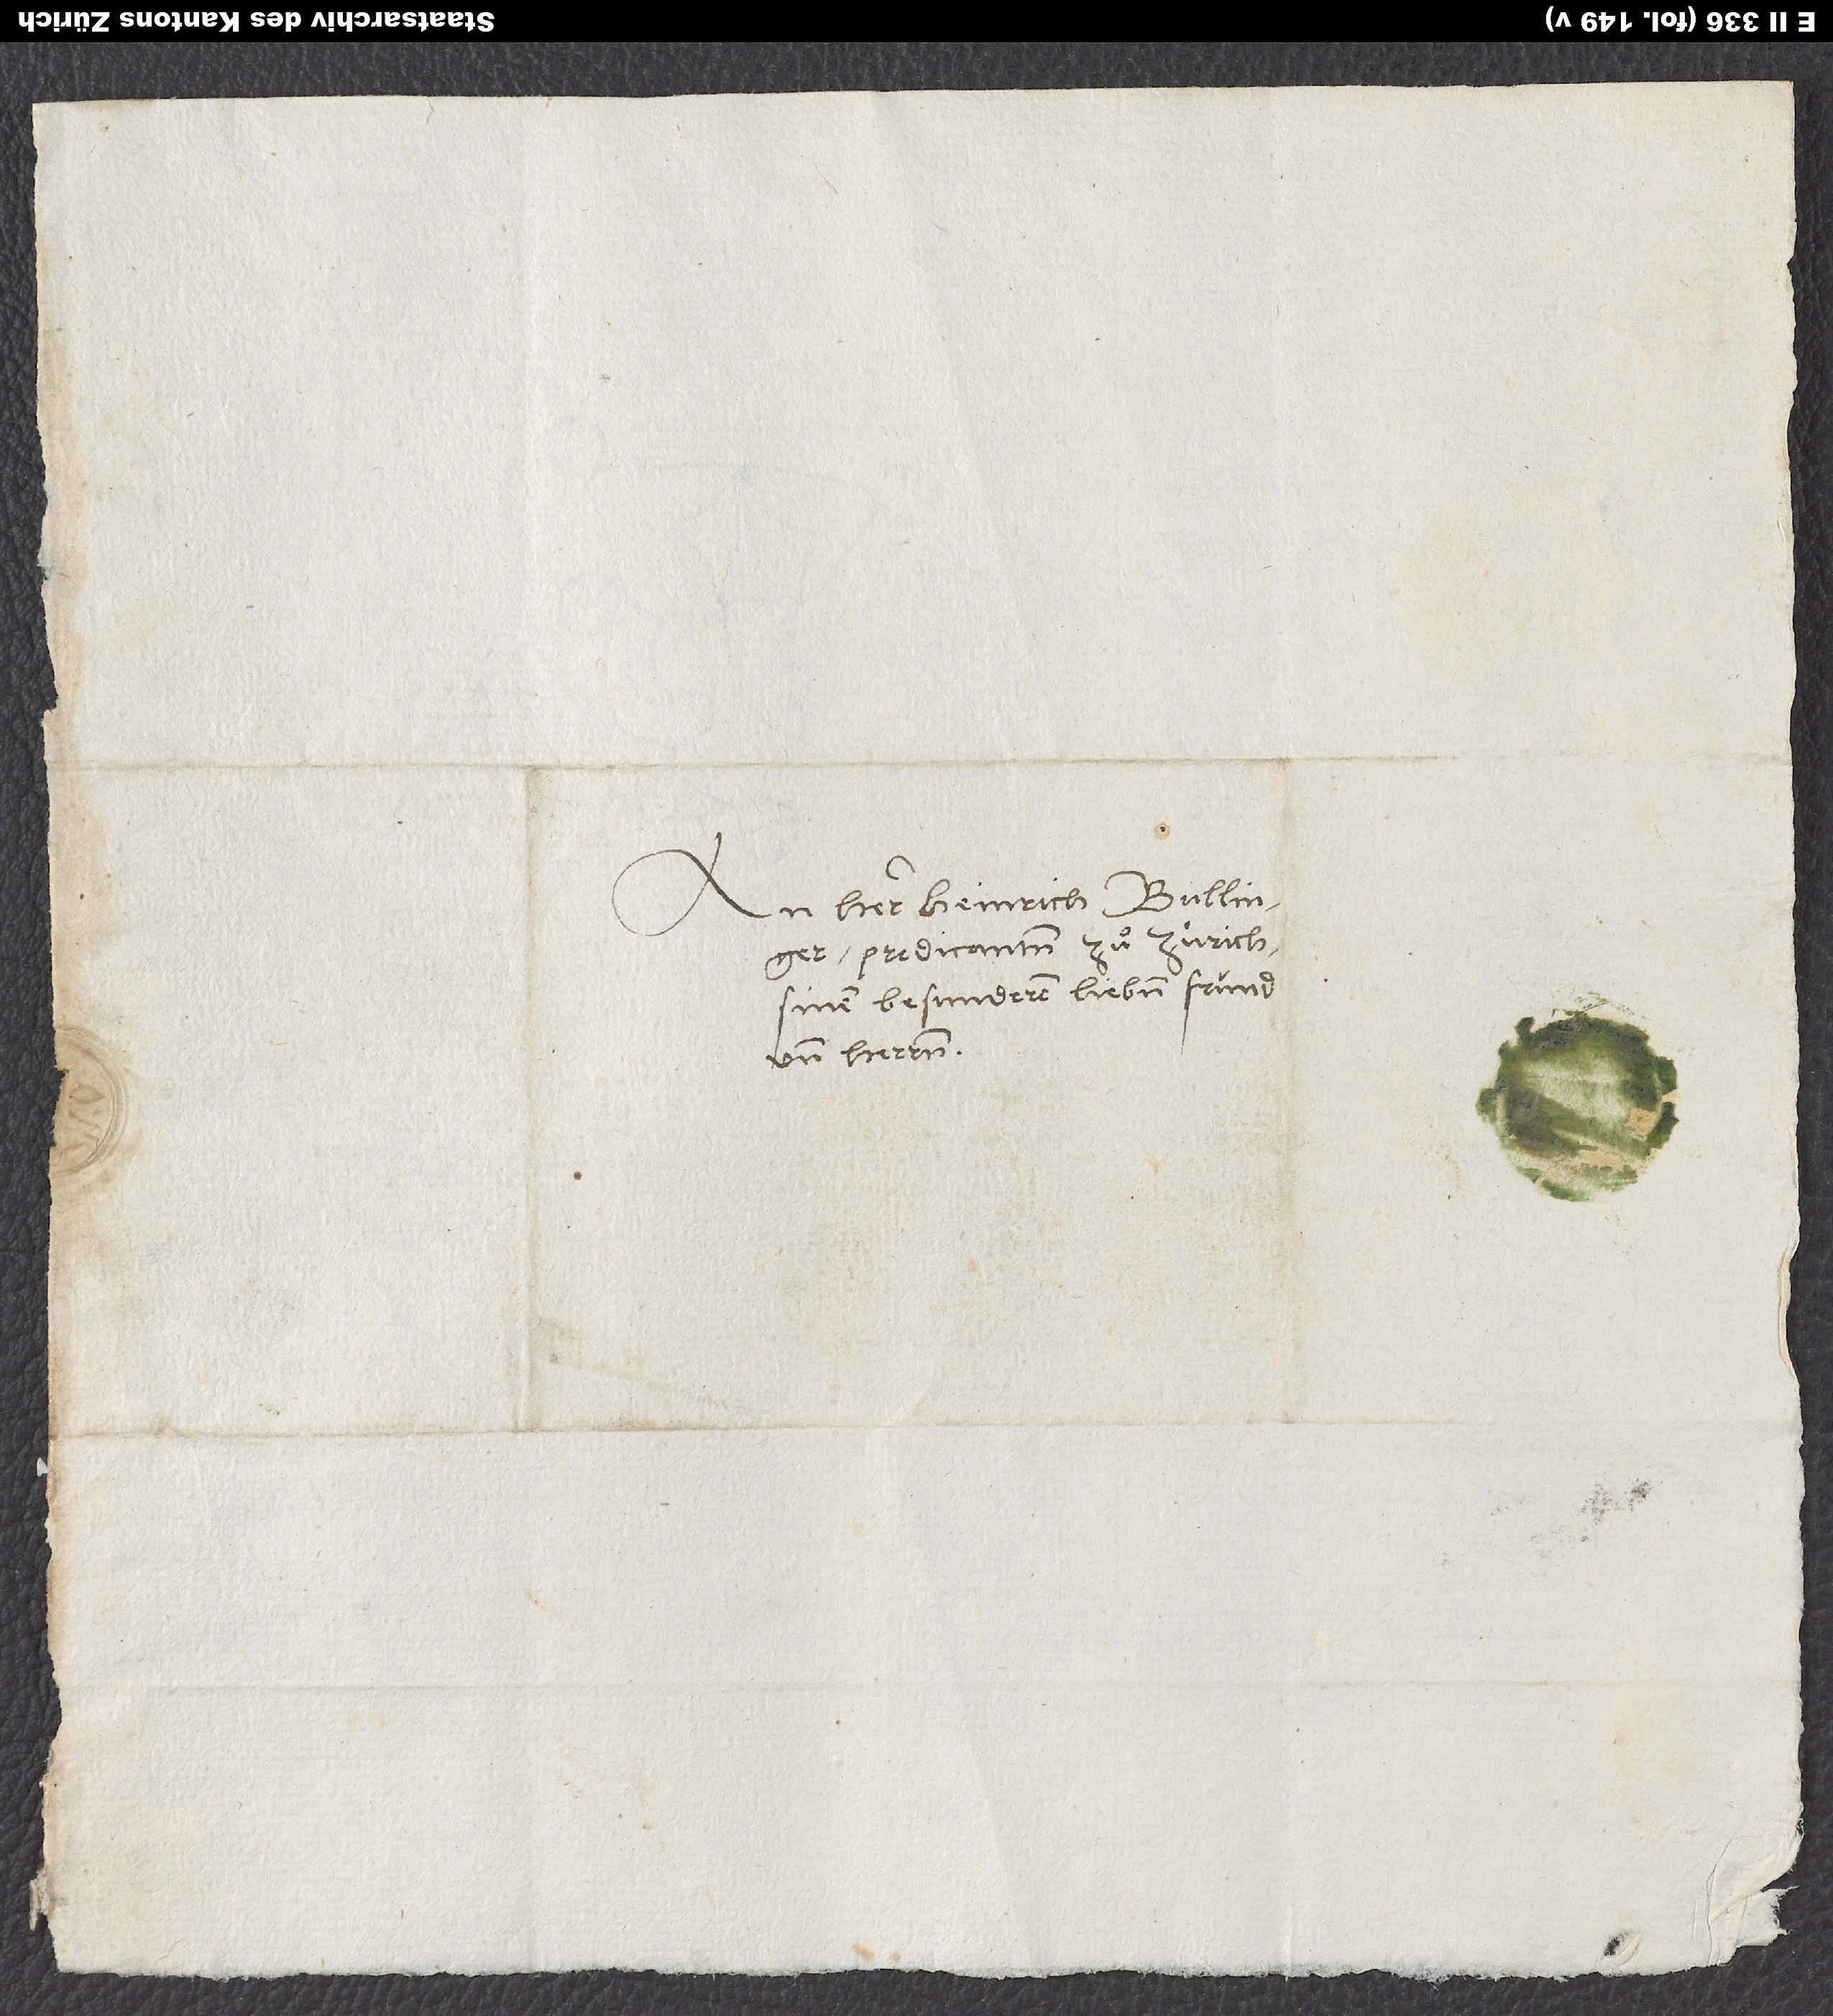
An herr Heinrich Bullinger,
predicanten zuͦ Zürich,
sinem besunderen lieben fründ
und herren.